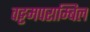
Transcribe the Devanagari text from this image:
वट्टमपराम्बिल